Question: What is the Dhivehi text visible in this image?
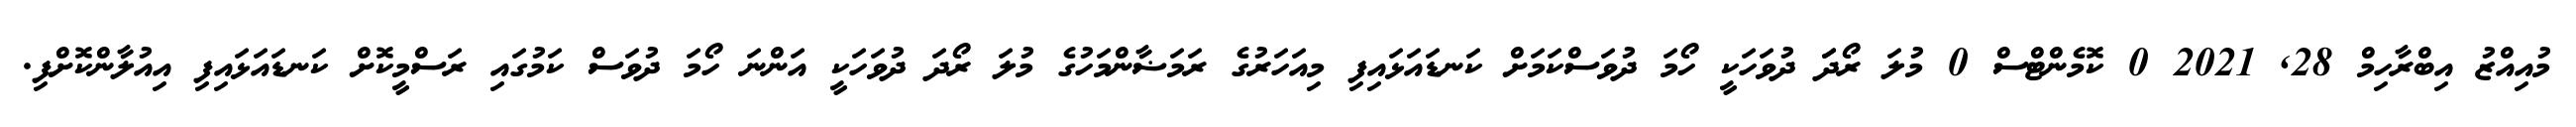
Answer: މުއިއްޒު އިބްރާހިމް 28, 2021 0 ކޮމެންޓްސް 0 މުލަ ރޯދަަ ދުވަހަކީ ހޯމަ ދުވަސްކަމަށް ކަނޑައަޅައިފި މިއަހަރުގެ ރަމަޟާންމަހުގެ މުލަ ރޯދަ ދުވަހަކީ އަންނަ ހޯމަ ދުވަސް ކަމުގައި ރަސްމީކޮށް ކަނޑައަޅައިފި އިއުލާންކޮށްފި.